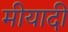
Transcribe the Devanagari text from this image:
मीयादी